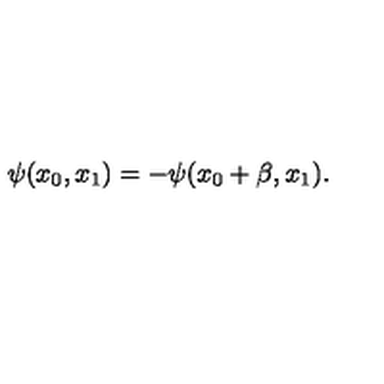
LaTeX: \psi ( x _ { 0 } , x _ { 1 } ) = - \psi ( x _ { 0 } + \beta , x _ { 1 } ) .